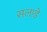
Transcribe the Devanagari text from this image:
सलाडे